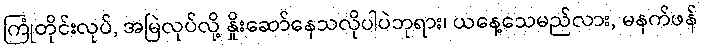
ကြုံတိုင်းလုပ်, အမြဲလုပ်လို့ နှိုးဆော်နေသလိုပါပဲဘုရား၊ ယနေ့သေမည်လား, မနက်ဖန်